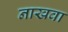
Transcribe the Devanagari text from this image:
नाखवा